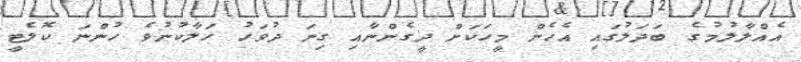
އެއްލާލުމުގެ ބަދަލުގައި އެހެން މީހަކަށް ދީގެންނާއި ގިނަ ދުވަހު ހަލާކުނުވެ ހުންނަ ކޮލެޓީ